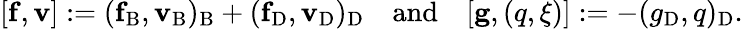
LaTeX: [\mathbf{f},{\mathbf{v}}]:=(\mathbf{f}_{\mathrm{B}},{\mathbf{v}}_{\mathrm{B}})_{\mathrm{B}}+(\mathbf{f}_{\mathrm{D}},{\mathbf{v}}_{\mathrm{D}})_{\mathrm{D}}{\quad\mathrm{and}\quad}[\mathbf{g},(q,\xi)]:=-(g_{\mathrm{D}},q)_{\mathrm{D}}.